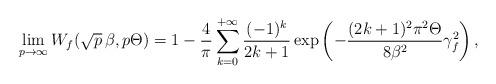
LaTeX: \begin{align*}\lim_{p \to \infty} W_f (\sqrt{p}\, \beta, p \Theta)= 1- \frac 4 \pi \sum_{k=0}^{+\infty} \frac {(-1)^k} {2k+1} \exp\left( -\frac{(2k+1)^2\pi^2 \Theta}{8 \beta^2} \gamma_f^2 \right),\end{align*}